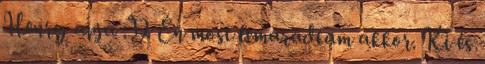
Henry apja :D Én most lemaradtam akkor. Ki és